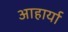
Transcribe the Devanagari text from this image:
आहार्या